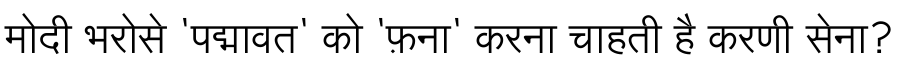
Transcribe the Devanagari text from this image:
मोदी भरोसे 'पद्मावत' को 'फ़ना' करना चाहती है करणी सेना?